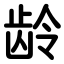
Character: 龄